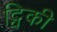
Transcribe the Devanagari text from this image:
ट्विकी